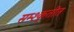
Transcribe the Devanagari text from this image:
सम्श्कृतीत